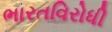
ભારતવિરોધી